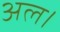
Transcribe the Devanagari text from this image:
अल।